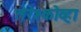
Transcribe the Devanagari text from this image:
तेरेश्कोव्हा